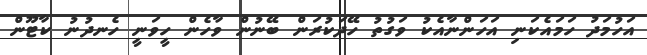
އަހުމަދު ހަމައެކަނި އަހަންނާއެކު ވަގުތު ހޭދަކުރަން ބޭނުން ވާހެން ހީވަނީ ހެނދުނު ކާޓޫން